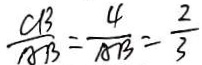
\frac { C B } { A B } = \frac { 4 } { A B } = \frac { 2 } { 3 }